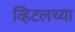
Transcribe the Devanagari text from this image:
व्हिटलच्या